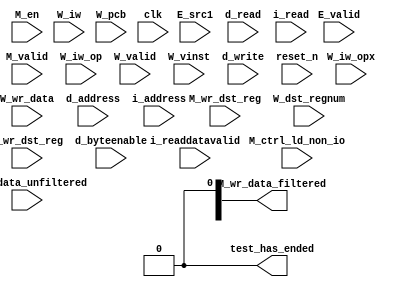
//Legal Notice: (C)2014 Altera Corporation. All rights reserved.  Your
//use of Altera Corporation's design tools, logic functions and other
//software and tools, and its AMPP partner logic functions, and any
//output files any of the foregoing (including device programming or
//simulation files), and any associated documentation or information are
//expressly subject to the terms and conditions of the Altera Program
//License Subscription Agreement or other applicable license agreement,
//including, without limitation, that your use is for the sole purpose
//of programming logic devices manufactured by Altera and sold by Altera
//or its authorized distributors.  Please refer to the applicable
//agreement for further details.

// synthesis translate_off
`timescale 1ns / 1ps
// synthesis translate_on

// turn off superfluous verilog processor warnings 
// altera message_level Level1 
// altera message_off 10034 10035 10036 10037 10230 10240 10030 

module my_nios2_system_cpu_test_bench (
                                        // inputs:
                                         E_src1,
                                         E_valid,
                                         M_ctrl_ld_non_io,
                                         M_en,
                                         M_valid,
                                         M_wr_data_unfiltered,
                                         M_wr_dst_reg,
                                         W_dst_regnum,
                                         W_iw,
                                         W_iw_op,
                                         W_iw_opx,
                                         W_pcb,
                                         W_valid,
                                         W_vinst,
                                         W_wr_data,
                                         W_wr_dst_reg,
                                         clk,
                                         d_address,
                                         d_byteenable,
                                         d_read,
                                         d_write,
                                         i_address,
                                         i_read,
                                         i_readdatavalid,
                                         reset_n,

                                        // outputs:
                                         M_wr_data_filtered,
                                         test_has_ended
                                      )
;

  output  [ 31: 0] M_wr_data_filtered;
  output           test_has_ended;
  input   [ 31: 0] E_src1;
  input            E_valid;
  input            M_ctrl_ld_non_io;
  input            M_en;
  input            M_valid;
  input   [ 31: 0] M_wr_data_unfiltered;
  input            M_wr_dst_reg;
  input   [  4: 0] W_dst_regnum;
  input   [ 31: 0] W_iw;
  input   [  5: 0] W_iw_op;
  input   [  5: 0] W_iw_opx;
  input   [ 24: 0] W_pcb;
  input            W_valid;
  input   [ 55: 0] W_vinst;
  input   [ 31: 0] W_wr_data;
  input            W_wr_dst_reg;
  input            clk;
  input   [ 24: 0] d_address;
  input   [  3: 0] d_byteenable;
  input            d_read;
  input            d_write;
  input   [ 24: 0] i_address;
  input            i_read;
  input            i_readdatavalid;
  input            reset_n;

  reg     [ 24: 0] M_target_pcb;
  wire    [ 31: 0] M_wr_data_filtered;
  wire             M_wr_data_unfiltered_0_is_x;
  wire             M_wr_data_unfiltered_10_is_x;
  wire             M_wr_data_unfiltered_11_is_x;
  wire             M_wr_data_unfiltered_12_is_x;
  wire             M_wr_data_unfiltered_13_is_x;
  wire             M_wr_data_unfiltered_14_is_x;
  wire             M_wr_data_unfiltered_15_is_x;
  wire             M_wr_data_unfiltered_16_is_x;
  wire             M_wr_data_unfiltered_17_is_x;
  wire             M_wr_data_unfiltered_18_is_x;
  wire             M_wr_data_unfiltered_19_is_x;
  wire             M_wr_data_unfiltered_1_is_x;
  wire             M_wr_data_unfiltered_20_is_x;
  wire             M_wr_data_unfiltered_21_is_x;
  wire             M_wr_data_unfiltered_22_is_x;
  wire             M_wr_data_unfiltered_23_is_x;
  wire             M_wr_data_unfiltered_24_is_x;
  wire             M_wr_data_unfiltered_25_is_x;
  wire             M_wr_data_unfiltered_26_is_x;
  wire             M_wr_data_unfiltered_27_is_x;
  wire             M_wr_data_unfiltered_28_is_x;
  wire             M_wr_data_unfiltered_29_is_x;
  wire             M_wr_data_unfiltered_2_is_x;
  wire             M_wr_data_unfiltered_30_is_x;
  wire             M_wr_data_unfiltered_31_is_x;
  wire             M_wr_data_unfiltered_3_is_x;
  wire             M_wr_data_unfiltered_4_is_x;
  wire             M_wr_data_unfiltered_5_is_x;
  wire             M_wr_data_unfiltered_6_is_x;
  wire             M_wr_data_unfiltered_7_is_x;
  wire             M_wr_data_unfiltered_8_is_x;
  wire             M_wr_data_unfiltered_9_is_x;
  wire             W_op_add;
  wire             W_op_addi;
  wire             W_op_and;
  wire             W_op_andhi;
  wire             W_op_andi;
  wire             W_op_beq;
  wire             W_op_bge;
  wire             W_op_bgeu;
  wire             W_op_blt;
  wire             W_op_bltu;
  wire             W_op_bne;
  wire             W_op_br;
  wire             W_op_break;
  wire             W_op_bret;
  wire             W_op_call;
  wire             W_op_callr;
  wire             W_op_cmpeq;
  wire             W_op_cmpeqi;
  wire             W_op_cmpge;
  wire             W_op_cmpgei;
  wire             W_op_cmpgeu;
  wire             W_op_cmpgeui;
  wire             W_op_cmplt;
  wire             W_op_cmplti;
  wire             W_op_cmpltu;
  wire             W_op_cmpltui;
  wire             W_op_cmpne;
  wire             W_op_cmpnei;
  wire             W_op_crst;
  wire             W_op_custom;
  wire             W_op_div;
  wire             W_op_divu;
  wire             W_op_eret;
  wire             W_op_flushd;
  wire             W_op_flushda;
  wire             W_op_flushi;
  wire             W_op_flushp;
  wire             W_op_hbreak;
  wire             W_op_initd;
  wire             W_op_initda;
  wire             W_op_initi;
  wire             W_op_intr;
  wire             W_op_jmp;
  wire             W_op_jmpi;
  wire             W_op_ldb;
  wire             W_op_ldbio;
  wire             W_op_ldbu;
  wire             W_op_ldbuio;
  wire             W_op_ldh;
  wire             W_op_ldhio;
  wire             W_op_ldhu;
  wire             W_op_ldhuio;
  wire             W_op_ldl;
  wire             W_op_ldw;
  wire             W_op_ldwio;
  wire             W_op_mul;
  wire             W_op_muli;
  wire             W_op_mulxss;
  wire             W_op_mulxsu;
  wire             W_op_mulxuu;
  wire             W_op_nextpc;
  wire             W_op_nor;
  wire             W_op_opx;
  wire             W_op_or;
  wire             W_op_orhi;
  wire             W_op_ori;
  wire             W_op_rdctl;
  wire             W_op_rdprs;
  wire             W_op_ret;
  wire             W_op_rol;
  wire             W_op_roli;
  wire             W_op_ror;
  wire             W_op_rsv02;
  wire             W_op_rsv09;
  wire             W_op_rsv10;
  wire             W_op_rsv17;
  wire             W_op_rsv18;
  wire             W_op_rsv25;
  wire             W_op_rsv26;
  wire             W_op_rsv33;
  wire             W_op_rsv34;
  wire             W_op_rsv41;
  wire             W_op_rsv42;
  wire             W_op_rsv49;
  wire             W_op_rsv57;
  wire             W_op_rsv61;
  wire             W_op_rsv62;
  wire             W_op_rsv63;
  wire             W_op_rsvx00;
  wire             W_op_rsvx10;
  wire             W_op_rsvx15;
  wire             W_op_rsvx17;
  wire             W_op_rsvx21;
  wire             W_op_rsvx25;
  wire             W_op_rsvx33;
  wire             W_op_rsvx34;
  wire             W_op_rsvx35;
  wire             W_op_rsvx42;
  wire             W_op_rsvx43;
  wire             W_op_rsvx44;
  wire             W_op_rsvx47;
  wire             W_op_rsvx50;
  wire             W_op_rsvx51;
  wire             W_op_rsvx55;
  wire             W_op_rsvx56;
  wire             W_op_rsvx60;
  wire             W_op_rsvx63;
  wire             W_op_sll;
  wire             W_op_slli;
  wire             W_op_sra;
  wire             W_op_srai;
  wire             W_op_srl;
  wire             W_op_srli;
  wire             W_op_stb;
  wire             W_op_stbio;
  wire             W_op_stc;
  wire             W_op_sth;
  wire             W_op_sthio;
  wire             W_op_stw;
  wire             W_op_stwio;
  wire             W_op_sub;
  wire             W_op_sync;
  wire             W_op_trap;
  wire             W_op_wrctl;
  wire             W_op_wrprs;
  wire             W_op_xor;
  wire             W_op_xorhi;
  wire             W_op_xori;
  wire             test_has_ended;
  assign W_op_call = W_iw_op == 0;
  assign W_op_jmpi = W_iw_op == 1;
  assign W_op_ldbu = W_iw_op == 3;
  assign W_op_addi = W_iw_op == 4;
  assign W_op_stb = W_iw_op == 5;
  assign W_op_br = W_iw_op == 6;
  assign W_op_ldb = W_iw_op == 7;
  assign W_op_cmpgei = W_iw_op == 8;
  assign W_op_ldhu = W_iw_op == 11;
  assign W_op_andi = W_iw_op == 12;
  assign W_op_sth = W_iw_op == 13;
  assign W_op_bge = W_iw_op == 14;
  assign W_op_ldh = W_iw_op == 15;
  assign W_op_cmplti = W_iw_op == 16;
  assign W_op_initda = W_iw_op == 19;
  assign W_op_ori = W_iw_op == 20;
  assign W_op_stw = W_iw_op == 21;
  assign W_op_blt = W_iw_op == 22;
  assign W_op_ldw = W_iw_op == 23;
  assign W_op_cmpnei = W_iw_op == 24;
  assign W_op_flushda = W_iw_op == 27;
  assign W_op_xori = W_iw_op == 28;
  assign W_op_stc = W_iw_op == 29;
  assign W_op_bne = W_iw_op == 30;
  assign W_op_ldl = W_iw_op == 31;
  assign W_op_cmpeqi = W_iw_op == 32;
  assign W_op_ldbuio = W_iw_op == 35;
  assign W_op_muli = W_iw_op == 36;
  assign W_op_stbio = W_iw_op == 37;
  assign W_op_beq = W_iw_op == 38;
  assign W_op_ldbio = W_iw_op == 39;
  assign W_op_cmpgeui = W_iw_op == 40;
  assign W_op_ldhuio = W_iw_op == 43;
  assign W_op_andhi = W_iw_op == 44;
  assign W_op_sthio = W_iw_op == 45;
  assign W_op_bgeu = W_iw_op == 46;
  assign W_op_ldhio = W_iw_op == 47;
  assign W_op_cmpltui = W_iw_op == 48;
  assign W_op_initd = W_iw_op == 51;
  assign W_op_orhi = W_iw_op == 52;
  assign W_op_stwio = W_iw_op == 53;
  assign W_op_bltu = W_iw_op == 54;
  assign W_op_ldwio = W_iw_op == 55;
  assign W_op_rdprs = W_iw_op == 56;
  assign W_op_flushd = W_iw_op == 59;
  assign W_op_xorhi = W_iw_op == 60;
  assign W_op_rsv02 = W_iw_op == 2;
  assign W_op_rsv09 = W_iw_op == 9;
  assign W_op_rsv10 = W_iw_op == 10;
  assign W_op_rsv17 = W_iw_op == 17;
  assign W_op_rsv18 = W_iw_op == 18;
  assign W_op_rsv25 = W_iw_op == 25;
  assign W_op_rsv26 = W_iw_op == 26;
  assign W_op_rsv33 = W_iw_op == 33;
  assign W_op_rsv34 = W_iw_op == 34;
  assign W_op_rsv41 = W_iw_op == 41;
  assign W_op_rsv42 = W_iw_op == 42;
  assign W_op_rsv49 = W_iw_op == 49;
  assign W_op_rsv57 = W_iw_op == 57;
  assign W_op_rsv61 = W_iw_op == 61;
  assign W_op_rsv62 = W_iw_op == 62;
  assign W_op_rsv63 = W_iw_op == 63;
  assign W_op_eret = W_op_opx & (W_iw_opx == 1);
  assign W_op_roli = W_op_opx & (W_iw_opx == 2);
  assign W_op_rol = W_op_opx & (W_iw_opx == 3);
  assign W_op_flushp = W_op_opx & (W_iw_opx == 4);
  assign W_op_ret = W_op_opx & (W_iw_opx == 5);
  assign W_op_nor = W_op_opx & (W_iw_opx == 6);
  assign W_op_mulxuu = W_op_opx & (W_iw_opx == 7);
  assign W_op_cmpge = W_op_opx & (W_iw_opx == 8);
  assign W_op_bret = W_op_opx & (W_iw_opx == 9);
  assign W_op_ror = W_op_opx & (W_iw_opx == 11);
  assign W_op_flushi = W_op_opx & (W_iw_opx == 12);
  assign W_op_jmp = W_op_opx & (W_iw_opx == 13);
  assign W_op_and = W_op_opx & (W_iw_opx == 14);
  assign W_op_cmplt = W_op_opx & (W_iw_opx == 16);
  assign W_op_slli = W_op_opx & (W_iw_opx == 18);
  assign W_op_sll = W_op_opx & (W_iw_opx == 19);
  assign W_op_wrprs = W_op_opx & (W_iw_opx == 20);
  assign W_op_or = W_op_opx & (W_iw_opx == 22);
  assign W_op_mulxsu = W_op_opx & (W_iw_opx == 23);
  assign W_op_cmpne = W_op_opx & (W_iw_opx == 24);
  assign W_op_srli = W_op_opx & (W_iw_opx == 26);
  assign W_op_srl = W_op_opx & (W_iw_opx == 27);
  assign W_op_nextpc = W_op_opx & (W_iw_opx == 28);
  assign W_op_callr = W_op_opx & (W_iw_opx == 29);
  assign W_op_xor = W_op_opx & (W_iw_opx == 30);
  assign W_op_mulxss = W_op_opx & (W_iw_opx == 31);
  assign W_op_cmpeq = W_op_opx & (W_iw_opx == 32);
  assign W_op_divu = W_op_opx & (W_iw_opx == 36);
  assign W_op_div = W_op_opx & (W_iw_opx == 37);
  assign W_op_rdctl = W_op_opx & (W_iw_opx == 38);
  assign W_op_mul = W_op_opx & (W_iw_opx == 39);
  assign W_op_cmpgeu = W_op_opx & (W_iw_opx == 40);
  assign W_op_initi = W_op_opx & (W_iw_opx == 41);
  assign W_op_trap = W_op_opx & (W_iw_opx == 45);
  assign W_op_wrctl = W_op_opx & (W_iw_opx == 46);
  assign W_op_cmpltu = W_op_opx & (W_iw_opx == 48);
  assign W_op_add = W_op_opx & (W_iw_opx == 49);
  assign W_op_break = W_op_opx & (W_iw_opx == 52);
  assign W_op_hbreak = W_op_opx & (W_iw_opx == 53);
  assign W_op_sync = W_op_opx & (W_iw_opx == 54);
  assign W_op_sub = W_op_opx & (W_iw_opx == 57);
  assign W_op_srai = W_op_opx & (W_iw_opx == 58);
  assign W_op_sra = W_op_opx & (W_iw_opx == 59);
  assign W_op_intr = W_op_opx & (W_iw_opx == 61);
  assign W_op_crst = W_op_opx & (W_iw_opx == 62);
  assign W_op_rsvx00 = W_op_opx & (W_iw_opx == 0);
  assign W_op_rsvx10 = W_op_opx & (W_iw_opx == 10);
  assign W_op_rsvx15 = W_op_opx & (W_iw_opx == 15);
  assign W_op_rsvx17 = W_op_opx & (W_iw_opx == 17);
  assign W_op_rsvx21 = W_op_opx & (W_iw_opx == 21);
  assign W_op_rsvx25 = W_op_opx & (W_iw_opx == 25);
  assign W_op_rsvx33 = W_op_opx & (W_iw_opx == 33);
  assign W_op_rsvx34 = W_op_opx & (W_iw_opx == 34);
  assign W_op_rsvx35 = W_op_opx & (W_iw_opx == 35);
  assign W_op_rsvx42 = W_op_opx & (W_iw_opx == 42);
  assign W_op_rsvx43 = W_op_opx & (W_iw_opx == 43);
  assign W_op_rsvx44 = W_op_opx & (W_iw_opx == 44);
  assign W_op_rsvx47 = W_op_opx & (W_iw_opx == 47);
  assign W_op_rsvx50 = W_op_opx & (W_iw_opx == 50);
  assign W_op_rsvx51 = W_op_opx & (W_iw_opx == 51);
  assign W_op_rsvx55 = W_op_opx & (W_iw_opx == 55);
  assign W_op_rsvx56 = W_op_opx & (W_iw_opx == 56);
  assign W_op_rsvx60 = W_op_opx & (W_iw_opx == 60);
  assign W_op_rsvx63 = W_op_opx & (W_iw_opx == 63);
  assign W_op_opx = W_iw_op == 58;
  assign W_op_custom = W_iw_op == 50;
  always @(posedge clk or negedge reset_n)
    begin
      if (reset_n == 0)
          M_target_pcb <= 0;
      else if (M_en)
          M_target_pcb <= E_src1[24 : 0];
    end


  assign test_has_ended = 1'b0;

//synthesis translate_off
//////////////// SIMULATION-ONLY CONTENTS
  //Clearing 'X' data bits
  assign M_wr_data_unfiltered_0_is_x = ^(M_wr_data_unfiltered[0]) === 1'bx;

  assign M_wr_data_filtered[0] = (M_wr_data_unfiltered_0_is_x & (M_ctrl_ld_non_io)) ? 1'b0 : M_wr_data_unfiltered[0];
  assign M_wr_data_unfiltered_1_is_x = ^(M_wr_data_unfiltered[1]) === 1'bx;
  assign M_wr_data_filtered[1] = (M_wr_data_unfiltered_1_is_x & (M_ctrl_ld_non_io)) ? 1'b0 : M_wr_data_unfiltered[1];
  assign M_wr_data_unfiltered_2_is_x = ^(M_wr_data_unfiltered[2]) === 1'bx;
  assign M_wr_data_filtered[2] = (M_wr_data_unfiltered_2_is_x & (M_ctrl_ld_non_io)) ? 1'b0 : M_wr_data_unfiltered[2];
  assign M_wr_data_unfiltered_3_is_x = ^(M_wr_data_unfiltered[3]) === 1'bx;
  assign M_wr_data_filtered[3] = (M_wr_data_unfiltered_3_is_x & (M_ctrl_ld_non_io)) ? 1'b0 : M_wr_data_unfiltered[3];
  assign M_wr_data_unfiltered_4_is_x = ^(M_wr_data_unfiltered[4]) === 1'bx;
  assign M_wr_data_filtered[4] = (M_wr_data_unfiltered_4_is_x & (M_ctrl_ld_non_io)) ? 1'b0 : M_wr_data_unfiltered[4];
  assign M_wr_data_unfiltered_5_is_x = ^(M_wr_data_unfiltered[5]) === 1'bx;
  assign M_wr_data_filtered[5] = (M_wr_data_unfiltered_5_is_x & (M_ctrl_ld_non_io)) ? 1'b0 : M_wr_data_unfiltered[5];
  assign M_wr_data_unfiltered_6_is_x = ^(M_wr_data_unfiltered[6]) === 1'bx;
  assign M_wr_data_filtered[6] = (M_wr_data_unfiltered_6_is_x & (M_ctrl_ld_non_io)) ? 1'b0 : M_wr_data_unfiltered[6];
  assign M_wr_data_unfiltered_7_is_x = ^(M_wr_data_unfiltered[7]) === 1'bx;
  assign M_wr_data_filtered[7] = (M_wr_data_unfiltered_7_is_x & (M_ctrl_ld_non_io)) ? 1'b0 : M_wr_data_unfiltered[7];
  assign M_wr_data_unfiltered_8_is_x = ^(M_wr_data_unfiltered[8]) === 1'bx;
  assign M_wr_data_filtered[8] = (M_wr_data_unfiltered_8_is_x & (M_ctrl_ld_non_io)) ? 1'b0 : M_wr_data_unfiltered[8];
  assign M_wr_data_unfiltered_9_is_x = ^(M_wr_data_unfiltered[9]) === 1'bx;
  assign M_wr_data_filtered[9] = (M_wr_data_unfiltered_9_is_x & (M_ctrl_ld_non_io)) ? 1'b0 : M_wr_data_unfiltered[9];
  assign M_wr_data_unfiltered_10_is_x = ^(M_wr_data_unfiltered[10]) === 1'bx;
  assign M_wr_data_filtered[10] = (M_wr_data_unfiltered_10_is_x & (M_ctrl_ld_non_io)) ? 1'b0 : M_wr_data_unfiltered[10];
  assign M_wr_data_unfiltered_11_is_x = ^(M_wr_data_unfiltered[11]) === 1'bx;
  assign M_wr_data_filtered[11] = (M_wr_data_unfiltered_11_is_x & (M_ctrl_ld_non_io)) ? 1'b0 : M_wr_data_unfiltered[11];
  assign M_wr_data_unfiltered_12_is_x = ^(M_wr_data_unfiltered[12]) === 1'bx;
  assign M_wr_data_filtered[12] = (M_wr_data_unfiltered_12_is_x & (M_ctrl_ld_non_io)) ? 1'b0 : M_wr_data_unfiltered[12];
  assign M_wr_data_unfiltered_13_is_x = ^(M_wr_data_unfiltered[13]) === 1'bx;
  assign M_wr_data_filtered[13] = (M_wr_data_unfiltered_13_is_x & (M_ctrl_ld_non_io)) ? 1'b0 : M_wr_data_unfiltered[13];
  assign M_wr_data_unfiltered_14_is_x = ^(M_wr_data_unfiltered[14]) === 1'bx;
  assign M_wr_data_filtered[14] = (M_wr_data_unfiltered_14_is_x & (M_ctrl_ld_non_io)) ? 1'b0 : M_wr_data_unfiltered[14];
  assign M_wr_data_unfiltered_15_is_x = ^(M_wr_data_unfiltered[15]) === 1'bx;
  assign M_wr_data_filtered[15] = (M_wr_data_unfiltered_15_is_x & (M_ctrl_ld_non_io)) ? 1'b0 : M_wr_data_unfiltered[15];
  assign M_wr_data_unfiltered_16_is_x = ^(M_wr_data_unfiltered[16]) === 1'bx;
  assign M_wr_data_filtered[16] = (M_wr_data_unfiltered_16_is_x & (M_ctrl_ld_non_io)) ? 1'b0 : M_wr_data_unfiltered[16];
  assign M_wr_data_unfiltered_17_is_x = ^(M_wr_data_unfiltered[17]) === 1'bx;
  assign M_wr_data_filtered[17] = (M_wr_data_unfiltered_17_is_x & (M_ctrl_ld_non_io)) ? 1'b0 : M_wr_data_unfiltered[17];
  assign M_wr_data_unfiltered_18_is_x = ^(M_wr_data_unfiltered[18]) === 1'bx;
  assign M_wr_data_filtered[18] = (M_wr_data_unfiltered_18_is_x & (M_ctrl_ld_non_io)) ? 1'b0 : M_wr_data_unfiltered[18];
  assign M_wr_data_unfiltered_19_is_x = ^(M_wr_data_unfiltered[19]) === 1'bx;
  assign M_wr_data_filtered[19] = (M_wr_data_unfiltered_19_is_x & (M_ctrl_ld_non_io)) ? 1'b0 : M_wr_data_unfiltered[19];
  assign M_wr_data_unfiltered_20_is_x = ^(M_wr_data_unfiltered[20]) === 1'bx;
  assign M_wr_data_filtered[20] = (M_wr_data_unfiltered_20_is_x & (M_ctrl_ld_non_io)) ? 1'b0 : M_wr_data_unfiltered[20];
  assign M_wr_data_unfiltered_21_is_x = ^(M_wr_data_unfiltered[21]) === 1'bx;
  assign M_wr_data_filtered[21] = (M_wr_data_unfiltered_21_is_x & (M_ctrl_ld_non_io)) ? 1'b0 : M_wr_data_unfiltered[21];
  assign M_wr_data_unfiltered_22_is_x = ^(M_wr_data_unfiltered[22]) === 1'bx;
  assign M_wr_data_filtered[22] = (M_wr_data_unfiltered_22_is_x & (M_ctrl_ld_non_io)) ? 1'b0 : M_wr_data_unfiltered[22];
  assign M_wr_data_unfiltered_23_is_x = ^(M_wr_data_unfiltered[23]) === 1'bx;
  assign M_wr_data_filtered[23] = (M_wr_data_unfiltered_23_is_x & (M_ctrl_ld_non_io)) ? 1'b0 : M_wr_data_unfiltered[23];
  assign M_wr_data_unfiltered_24_is_x = ^(M_wr_data_unfiltered[24]) === 1'bx;
  assign M_wr_data_filtered[24] = (M_wr_data_unfiltered_24_is_x & (M_ctrl_ld_non_io)) ? 1'b0 : M_wr_data_unfiltered[24];
  assign M_wr_data_unfiltered_25_is_x = ^(M_wr_data_unfiltered[25]) === 1'bx;
  assign M_wr_data_filtered[25] = (M_wr_data_unfiltered_25_is_x & (M_ctrl_ld_non_io)) ? 1'b0 : M_wr_data_unfiltered[25];
  assign M_wr_data_unfiltered_26_is_x = ^(M_wr_data_unfiltered[26]) === 1'bx;
  assign M_wr_data_filtered[26] = (M_wr_data_unfiltered_26_is_x & (M_ctrl_ld_non_io)) ? 1'b0 : M_wr_data_unfiltered[26];
  assign M_wr_data_unfiltered_27_is_x = ^(M_wr_data_unfiltered[27]) === 1'bx;
  assign M_wr_data_filtered[27] = (M_wr_data_unfiltered_27_is_x & (M_ctrl_ld_non_io)) ? 1'b0 : M_wr_data_unfiltered[27];
  assign M_wr_data_unfiltered_28_is_x = ^(M_wr_data_unfiltered[28]) === 1'bx;
  assign M_wr_data_filtered[28] = (M_wr_data_unfiltered_28_is_x & (M_ctrl_ld_non_io)) ? 1'b0 : M_wr_data_unfiltered[28];
  assign M_wr_data_unfiltered_29_is_x = ^(M_wr_data_unfiltered[29]) === 1'bx;
  assign M_wr_data_filtered[29] = (M_wr_data_unfiltered_29_is_x & (M_ctrl_ld_non_io)) ? 1'b0 : M_wr_data_unfiltered[29];
  assign M_wr_data_unfiltered_30_is_x = ^(M_wr_data_unfiltered[30]) === 1'bx;
  assign M_wr_data_filtered[30] = (M_wr_data_unfiltered_30_is_x & (M_ctrl_ld_non_io)) ? 1'b0 : M_wr_data_unfiltered[30];
  assign M_wr_data_unfiltered_31_is_x = ^(M_wr_data_unfiltered[31]) === 1'bx;
  assign M_wr_data_filtered[31] = (M_wr_data_unfiltered_31_is_x & (M_ctrl_ld_non_io)) ? 1'b0 : M_wr_data_unfiltered[31];
  always @(posedge clk)
    begin
      if (reset_n)
          if (^(W_wr_dst_reg) === 1'bx)
            begin
              $write("%0d ns: ERROR: my_nios2_system_cpu_test_bench/W_wr_dst_reg is 'x'\n", $time);
              $stop;
            end
    end


  always @(posedge clk or negedge reset_n)
    begin
      if (reset_n == 0)
        begin
        end
      else if (W_wr_dst_reg)
          if (^(W_dst_regnum) === 1'bx)
            begin
              $write("%0d ns: ERROR: my_nios2_system_cpu_test_bench/W_dst_regnum is 'x'\n", $time);
              $stop;
            end
    end


  always @(posedge clk or negedge reset_n)
    begin
      if (reset_n == 0)
        begin
        end
      else if (W_wr_dst_reg)
          if (^(W_wr_data) === 1'bx)
            begin
              $write("%0d ns: ERROR: my_nios2_system_cpu_test_bench/W_wr_data is 'x'\n", $time);
              $stop;
            end
    end


  always @(posedge clk)
    begin
      if (reset_n)
          if (^(W_valid) === 1'bx)
            begin
              $write("%0d ns: ERROR: my_nios2_system_cpu_test_bench/W_valid is 'x'\n", $time);
              $stop;
            end
    end


  always @(posedge clk or negedge reset_n)
    begin
      if (reset_n == 0)
        begin
        end
      else if (W_valid)
          if (^(W_pcb) === 1'bx)
            begin
              $write("%0d ns: ERROR: my_nios2_system_cpu_test_bench/W_pcb is 'x'\n", $time);
              $stop;
            end
    end


  always @(posedge clk or negedge reset_n)
    begin
      if (reset_n == 0)
        begin
        end
      else if (W_valid)
          if (^(W_iw) === 1'bx)
            begin
              $write("%0d ns: ERROR: my_nios2_system_cpu_test_bench/W_iw is 'x'\n", $time);
              $stop;
            end
    end


  always @(posedge clk)
    begin
      if (reset_n)
          if (^(M_en) === 1'bx)
            begin
              $write("%0d ns: ERROR: my_nios2_system_cpu_test_bench/M_en is 'x'\n", $time);
              $stop;
            end
    end


  always @(posedge clk)
    begin
      if (reset_n)
          if (^(E_valid) === 1'bx)
            begin
              $write("%0d ns: ERROR: my_nios2_system_cpu_test_bench/E_valid is 'x'\n", $time);
              $stop;
            end
    end


  always @(posedge clk)
    begin
      if (reset_n)
          if (^(M_valid) === 1'bx)
            begin
              $write("%0d ns: ERROR: my_nios2_system_cpu_test_bench/M_valid is 'x'\n", $time);
              $stop;
            end
    end


  always @(posedge clk or negedge reset_n)
    begin
      if (reset_n == 0)
        begin
        end
      else if (M_valid & M_en & M_wr_dst_reg)
          if (^(M_wr_data_unfiltered) === 1'bx)
            begin
              $write("%0d ns: WARNING: my_nios2_system_cpu_test_bench/M_wr_data_unfiltered is 'x'\n", $time);
            end
    end


  always @(posedge clk)
    begin
      if (reset_n)
          if (^(i_read) === 1'bx)
            begin
              $write("%0d ns: ERROR: my_nios2_system_cpu_test_bench/i_read is 'x'\n", $time);
              $stop;
            end
    end


  always @(posedge clk or negedge reset_n)
    begin
      if (reset_n == 0)
        begin
        end
      else if (i_read)
          if (^(i_address) === 1'bx)
            begin
              $write("%0d ns: ERROR: my_nios2_system_cpu_test_bench/i_address is 'x'\n", $time);
              $stop;
            end
    end


  always @(posedge clk)
    begin
      if (reset_n)
          if (^(i_readdatavalid) === 1'bx)
            begin
              $write("%0d ns: ERROR: my_nios2_system_cpu_test_bench/i_readdatavalid is 'x'\n", $time);
              $stop;
            end
    end


  always @(posedge clk)
    begin
      if (reset_n)
          if (^(d_write) === 1'bx)
            begin
              $write("%0d ns: ERROR: my_nios2_system_cpu_test_bench/d_write is 'x'\n", $time);
              $stop;
            end
    end


  always @(posedge clk or negedge reset_n)
    begin
      if (reset_n == 0)
        begin
        end
      else if (d_write)
          if (^(d_byteenable) === 1'bx)
            begin
              $write("%0d ns: ERROR: my_nios2_system_cpu_test_bench/d_byteenable is 'x'\n", $time);
              $stop;
            end
    end


  always @(posedge clk or negedge reset_n)
    begin
      if (reset_n == 0)
        begin
        end
      else if (d_write | d_read)
          if (^(d_address) === 1'bx)
            begin
              $write("%0d ns: ERROR: my_nios2_system_cpu_test_bench/d_address is 'x'\n", $time);
              $stop;
            end
    end


  always @(posedge clk)
    begin
      if (reset_n)
          if (^(d_read) === 1'bx)
            begin
              $write("%0d ns: ERROR: my_nios2_system_cpu_test_bench/d_read is 'x'\n", $time);
              $stop;
            end
    end



//////////////// END SIMULATION-ONLY CONTENTS

//synthesis translate_on
//synthesis read_comments_as_HDL on
//  
//  assign M_wr_data_filtered = M_wr_data_unfiltered;
//
//synthesis read_comments_as_HDL off

endmodule